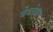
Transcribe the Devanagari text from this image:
घेवडेश्वर